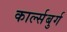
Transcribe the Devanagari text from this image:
कार्ल्सबुर्ग